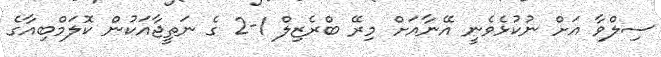
ސިލްވާ އަށް ނުކުޅެވެނީ އޭނާއަށް މިރޭ ބްރެޒިލް 1-2 ގެ ނަތީޖާއަކުން ކޮލަމްބިއާގެ